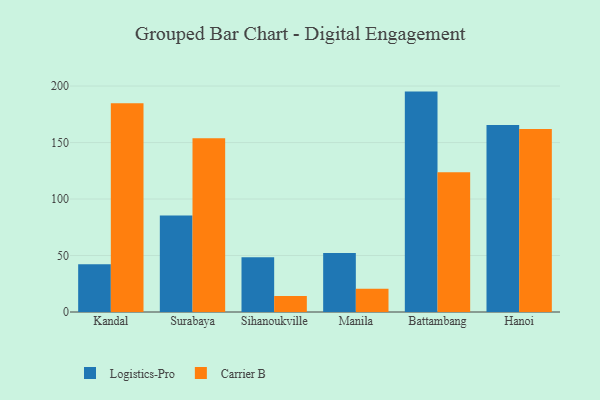
{"axis": {"x": "City", "y": "Churn Rate (%)"}, "legend": ["Carrier B", "Logistics-Pro"], "data": [{"x": "Kandal", "y": 42.2, "type": "Logistics-Pro"}, {"x": "Kandal", "y": 184.7, "type": "Carrier B"}, {"x": "Surabaya", "y": 85.4, "type": "Logistics-Pro"}, {"x": "Surabaya", "y": 153.7, "type": "Carrier B"}, {"x": "Sihanoukville", "y": 48.5, "type": "Logistics-Pro"}, {"x": "Sihanoukville", "y": 14.1, "type": "Carrier B"}, {"x": "Manila", "y": 52.2, "type": "Logistics-Pro"}, {"x": "Manila", "y": 20.5, "type": "Carrier B"}, {"x": "Battambang", "y": 195.1, "type": "Logistics-Pro"}, {"x": "Battambang", "y": 123.6, "type": "Carrier B"}, {"x": "Hanoi", "y": 165.6, "type": "Logistics-Pro"}, {"x": "Hanoi", "y": 162.1, "type": "Carrier B"}]}